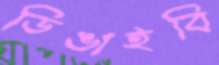
ডিঙাইবি